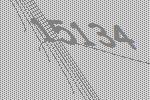
15134